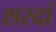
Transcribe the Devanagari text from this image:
शरदां